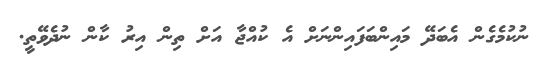
ނުކުމެގެން އެބަދޭ މައިންބަފައިންނަށް އެ ކުއްޖާ އަށް ތިން އިރު ކާން ނުދެވޭތީ.